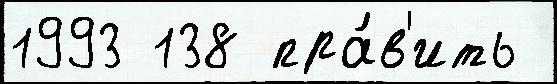
1993 138 пра́в'ить